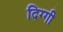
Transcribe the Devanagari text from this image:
दिग्गी